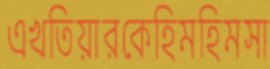
এখতিয়ারকেহিমহিমসা